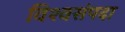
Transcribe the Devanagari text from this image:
विश्वसंपदा